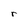
Character: r